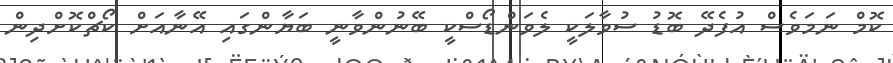
ކޮމް ނަމަވެސް އުފެދޭ ބޮޑު ސުވާލަކީ ލެވަންޑޯސްކީ ބޭނުންވާނީ ބަޔާންގައި އޭނާއަށް ކޯޗްކޮށްދިން